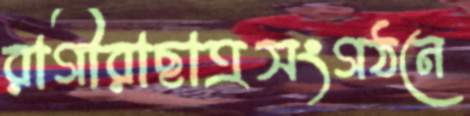
রাগীরাছাত্রসংগঠনে